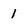
Character: 1